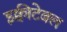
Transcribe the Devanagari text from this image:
इक्वीटेबल